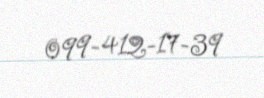
099-412-17-39